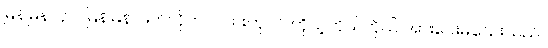
မြန်မြန်လုပ်၊ မြန်မြန် ဖြတ်လိုက်ပါလားဟုပင် ကိုယ့်ကိုယ်ကိုယ် အားပေးမိသေးသည်။